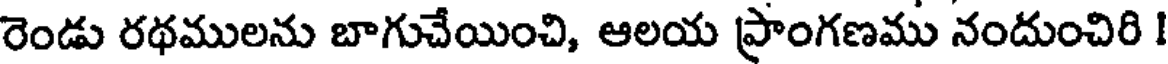
రెండు రథములను బాగుచేయించి, ఆలయ ప్రాంగణము నందుంచిరి !